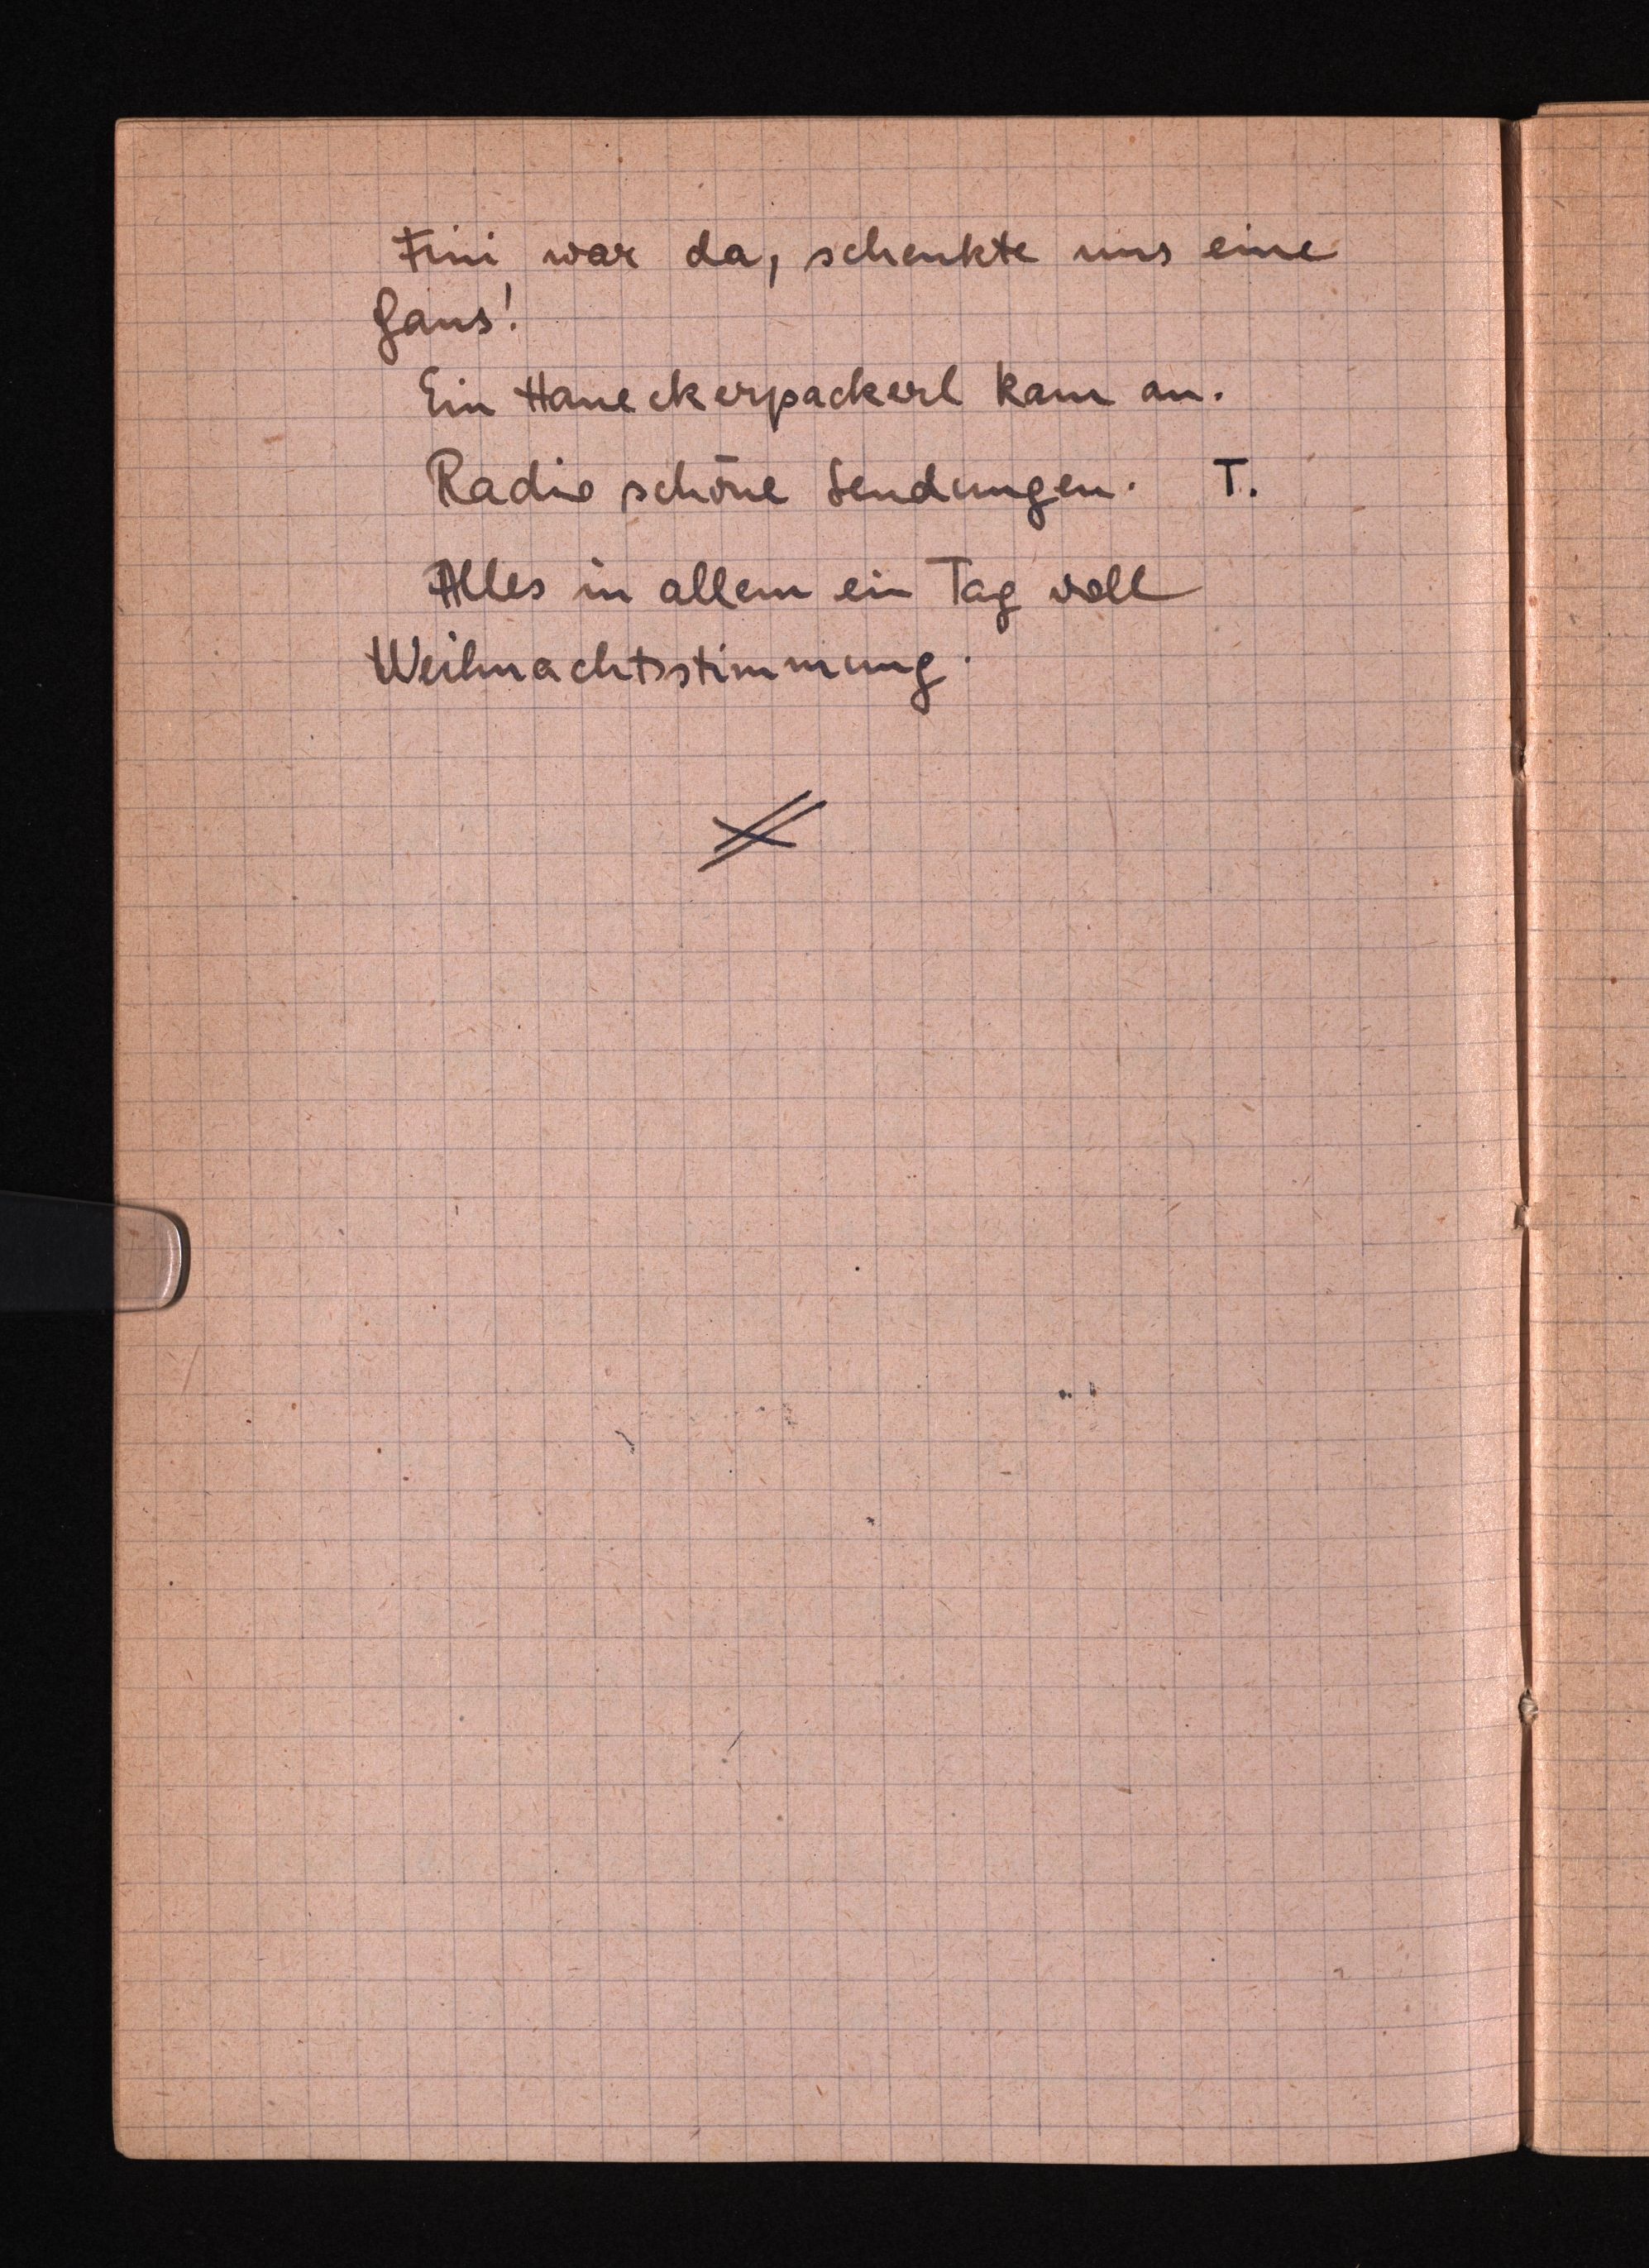
Fi war da, schenkte uns eine
Ganz!
Ein Haueckerpackerl kam an.
Radio schöne Seudungen. I.
Alles in allem ein Tag voll
Weilnachtsstimmung: